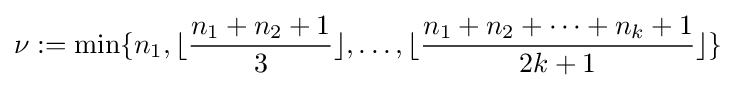
\nu :=\min\{n_{1},\lfloor {\frac {n_{1}+n_{2}+1}{3}}\rfloor ,\dots ,\lfloor {\frac {n_{1}+n_{2}+\dots +n_{k}+1}{2k+1}}\rfloor \}